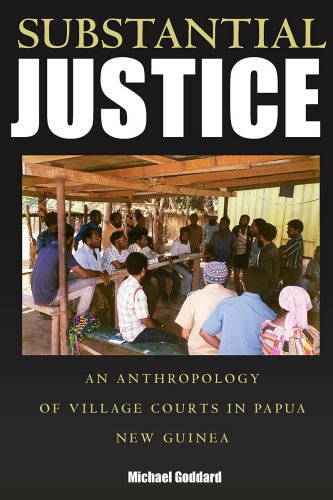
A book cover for Substantial Justice: An Anthropology of Village Courts in Papua New Guinea (Culture and Politics/Politics and Culture); Michael Goddard; History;